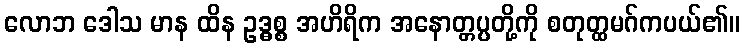
လောဘ ဒေါသ မာန ထိန ဥဒ္ဓစ္စ အဟိရိက အနောတ္တပ္ပတို့ကို စတုတ္ထမဂ်ကပယ်၏။